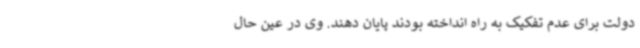
دولت برای عدم تفکیک به راه انداخته بودند پایان دهند. وی در عین حال